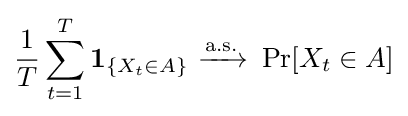
{\frac {1}{T}}\sum _{t=1}^{T}\mathbf {1} _{\{X_{t}\in A\}}\ {\xrightarrow {\text{a.s.}}}\ \Pr[X_{t}\in A]